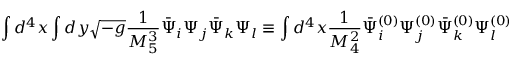
\int d ^ { 4 } x \int d y \sqrt { - g } \frac { 1 } { M _ { 5 } ^ { 3 } } \bar { \Psi } _ { i } \Psi _ { j } \bar { \Psi } _ { k } \Psi _ { l } \equiv \int d ^ { 4 } x \frac { 1 } { M _ { 4 } ^ { 2 } } \bar { \Psi } _ { i } ^ { ( 0 ) } \Psi _ { j } ^ { ( 0 ) } \bar { \Psi } _ { k } ^ { ( 0 ) } \Psi _ { l } ^ { ( 0 ) }